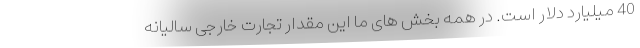
40 میلیارد دلار است. در همه بخش های ما این مقدار تجارت خارجی سالیانه